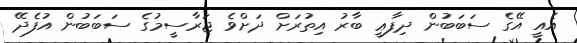
އެއީ އޭގެ ސަބަބުން ދިފާޢީ ބާރު އިތުރަށް ދަށްވެ ޖަރާސީމުގެ ސަބަބުން އުފެދޭ